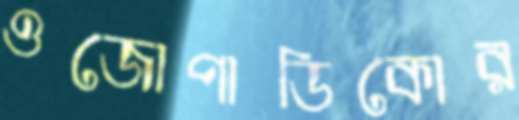
ওজোপাডিকোর